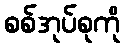
စစ်အုပ်စုကို